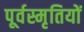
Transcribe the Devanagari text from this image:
पूर्वस्मृतियों